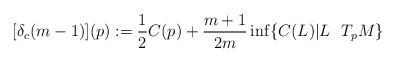
LaTeX: \begin{align*}[\delta_c (m-1)](p) := \frac{1}{2}C(p) + \frac{m+1}{2m} \inf \{C(L)|L \ \ T_p M \}\end{align*}